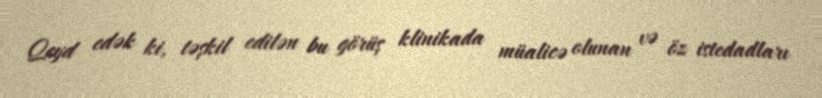
Qeyd edək ki, təşkil edilən bu görüş klinikada müalicə olunan və öz istedadları